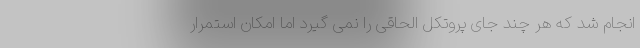
انجام شد که هر چند جای پروتکل الحاقی را نمی گیرد اما امکان استمرار